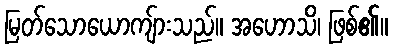
မြတ်သောယောကျ်ားသည်။ အဟောသိ၊ ဖြစ်၏။